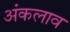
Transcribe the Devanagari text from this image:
अंकलाव